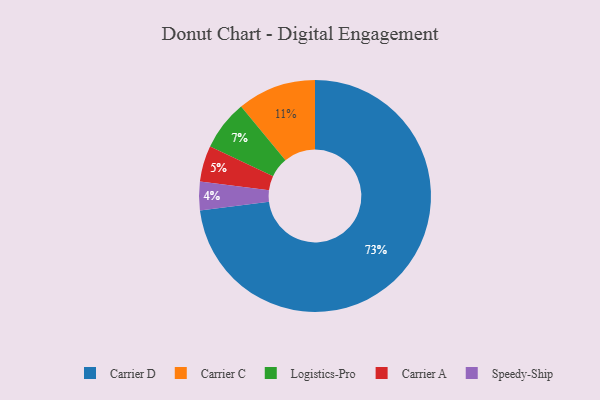
{"axis": {"x": "Category", "y": "Percentage"}, "legend": ["Carrier A", "Carrier C", "Carrier D", "Logistics-Pro", "Speedy-Ship"], "data": [{"x": "Carrier D", "y": 73, "type": "Carrier D"}, {"x": "Carrier A", "y": 5, "type": "Carrier A"}, {"x": "Carrier C", "y": 11, "type": "Carrier C"}, {"x": "Logistics-Pro", "y": 7, "type": "Logistics-Pro"}, {"x": "Speedy-Ship", "y": 4, "type": "Speedy-Ship"}]}